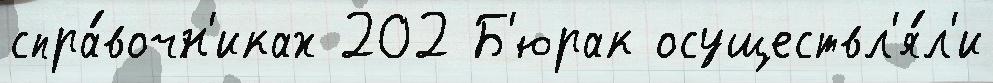
спра́вочн'иках 202 Б'юрак осуществл'я́л'и